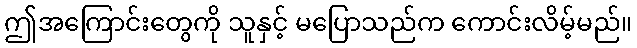
ဤအကြောင်းတွေကို သူနှင့် မပြောသည်က ကောင်းလိမ့်မည်။